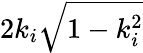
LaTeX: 2k_{i}\sqrt{1-k_{i}^{2}}